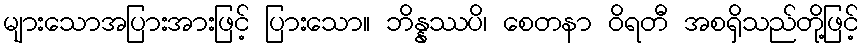
များသောအပြားအားဖြင့် ပြားသော။ ဘိန္နဿပိ၊ စေတနာ ဝိရတီ အစရှိသည်တို့ဖြင့်